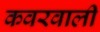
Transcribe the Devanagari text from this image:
कवरवाली